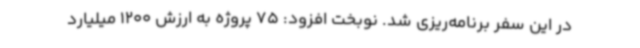
در این سفر برنامه‌ریزی شد. نوبخت افزود: 75 پروژه به ارزش 1200 میلیارد